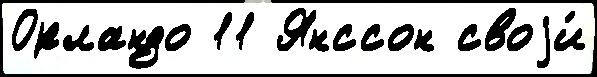
Орландо 11 Янссон своjи́